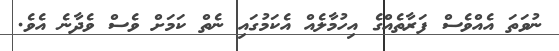
ނުވަތަ އެއްވެސް ފަރާތެއްގެ އިހުމާލެއް އެކަމުގައި ނެތް ކަމަށް ވެސް ވެދާނެ އެވެ.